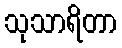
သုသာရိတာ